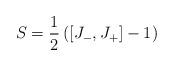
LaTeX: \begin{align*} S=\frac{1}{2}\left([J_-,J_+]-1\right)\end{align*}